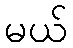
မယ်